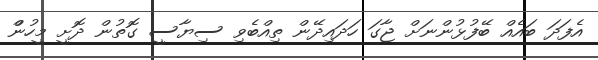
އެފަދަ ބައެއް ބޭފުޅުންނަށް ޖާގަ ހަދައިދޭން ތިއްބެވި ސިޔާސީ ގޮތުން ދޮށީ މީހުންް